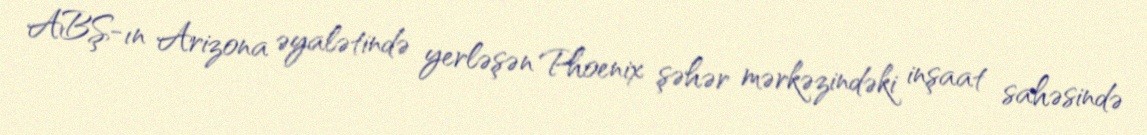
ABŞ-ın Arizona əyalətində yerləşən Phoenix şəhər mərkəzindəki inşaat sahəsində